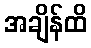
အချိန်ထိ